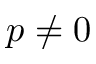
p \neq 0